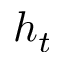
h _ { t }